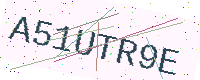
Text: A51UTR9E